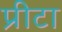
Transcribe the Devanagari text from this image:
प्रीटा